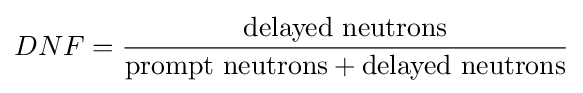
DNF={\frac {\mbox{delayed neutrons}}{{\mbox{prompt neutrons}}+{\mbox{delayed neutrons}}}}